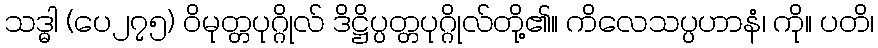
သဒ္ဓါ (ပေ၂၇၅) ဝိမုတ္တပုဂ္ဂိုလ် ဒိဋ္ဌိပ္ပတ္တပုဂ္ဂိုလ်တို့၏။ ကိလေသပ္ပဟာနံ၊ ကို။ ပတိ၊